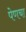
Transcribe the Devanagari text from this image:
पेणचा